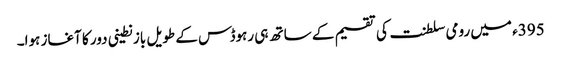
395ء میں رومی سلطنت کی تقسیم کے ساتھ ہی رہوڈس کے طویل بازنطینی دور کا آغاز ہوا۔